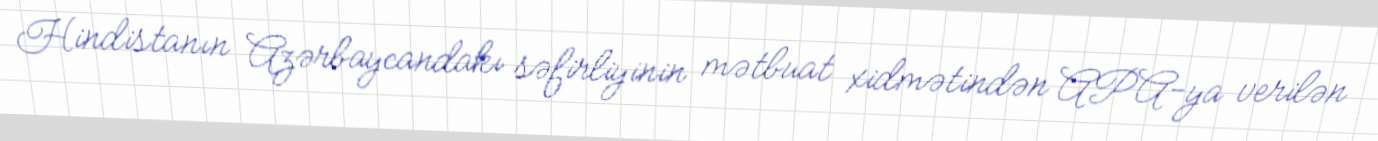
Hindistanın Azərbaycandakı səfirliyinin mətbuat xidmətindən APA-ya verilən